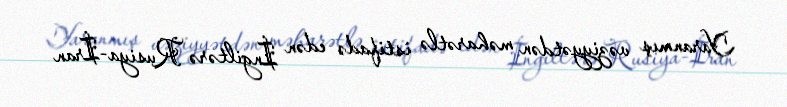
Yaranmış vəziyyətdən məharətlə istifadə edən İngiltərə Rusiya-İran